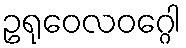
ဥရုဝေလဝဂ္ဂေါ